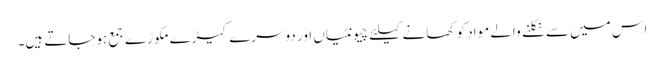
اس میں سے نکلنے والے مواد کو کھانے کیلئے چیونٹیاں اور دوسرے کیڑے مکوڑے جمع ہوجاتے ہیں۔